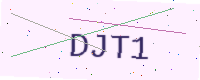
Text: DJT1